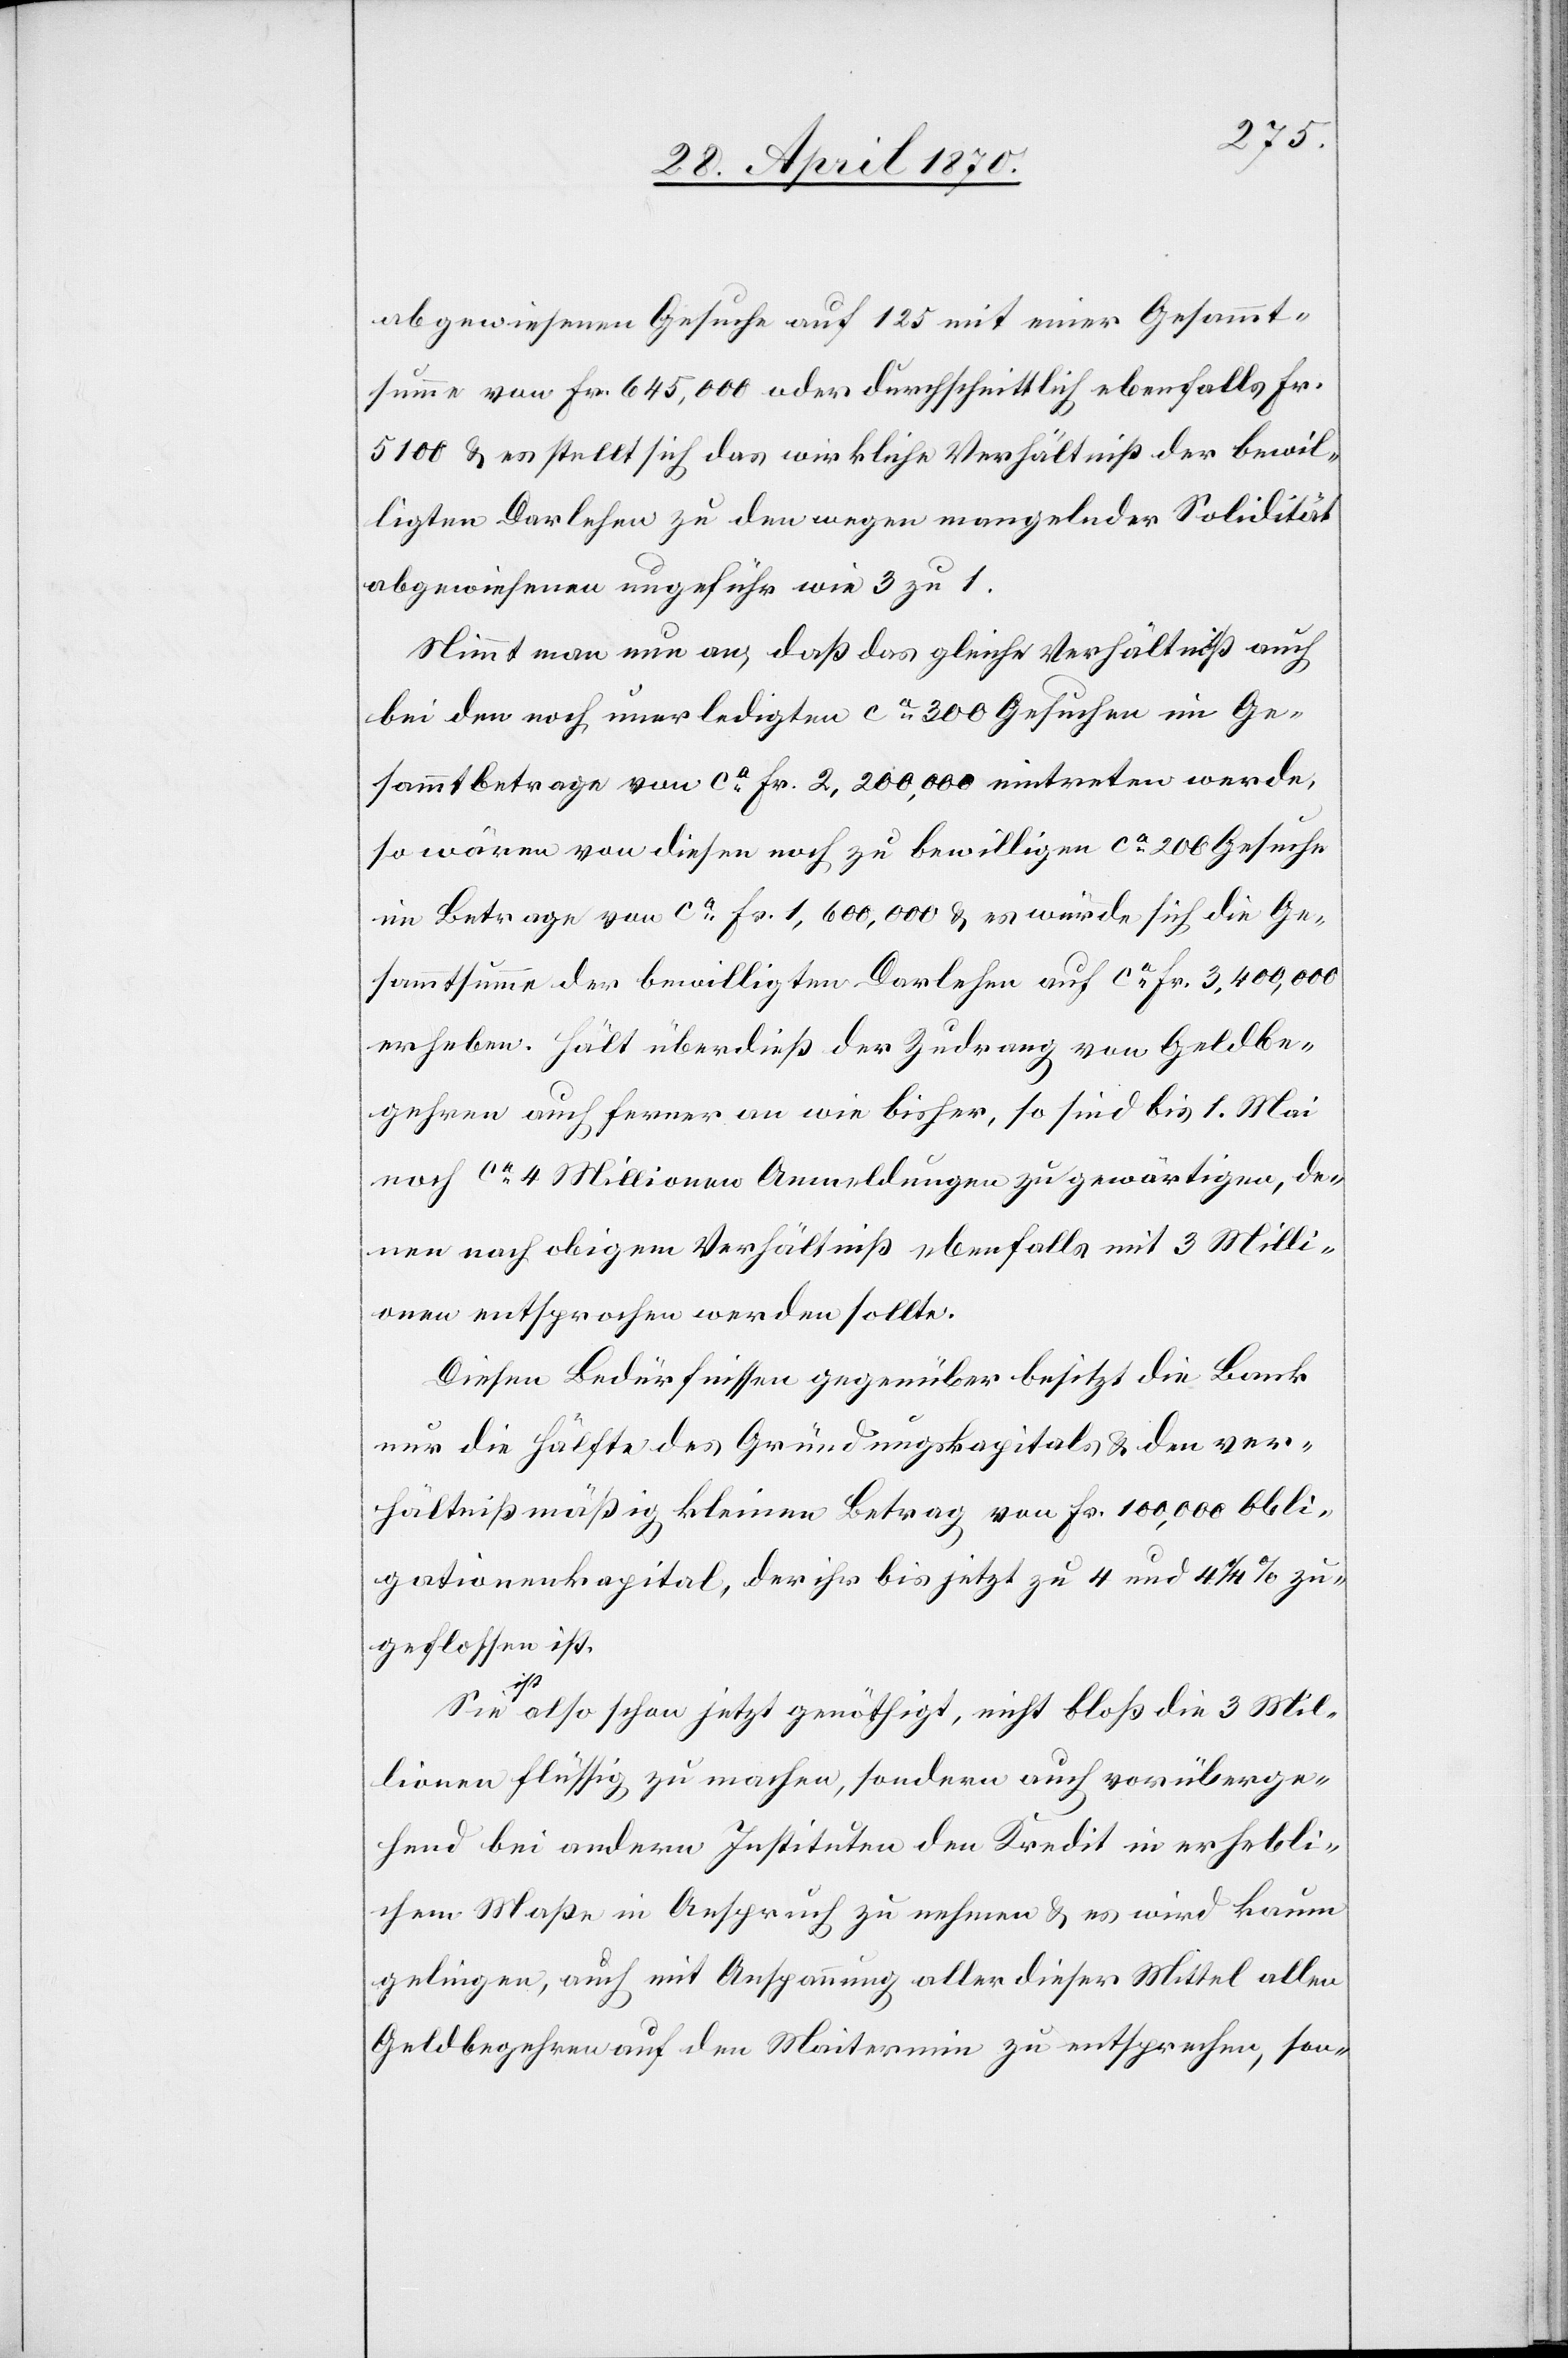
abgewiesenen Gesuche auf 125 mit einer Gesammt¬
summe von Fr. 645,000 oder durchschnittliche ebenfalls Fr.
5100 & es stellt sich das wirkliche Verhältniß der bewil¬
ligten Darlehen zu den wegen mangelnder Solidität
abgewiesenen ungefähr wie 3 zu 1.
Nimmt man nun an, daß das gleiche Verhältniß auch
bei den noch unerledigten ca 300 Gesuchen im Ge¬
sammtbetrage von ca Fr. 2,200,000 eintreten werde,
so wären von diesen noch zu bewilligen ca 200 Gesuche
im Betrage von ca Fr. 1,600,000 & es würde sich die Ge¬
sammtsumme der bewilligten Darlehen auf ca Fr. 3,400,000
erheben. Hält überdieß der Zudrang von Geldbe¬
gehren auch ferner an wie bisher, so sind bis 1. Mai
noch ca 4 Millionen Anmeldungen zu gewärtigen, de¬
nen nach obigem Verhältniß ebenfalls mit 3 Milli¬
onen entsprochen werden sollte.
Diesen Bedürfnissen gegenüber besitzt die Bank
nur die Hälfte des Gründungskapitals & den ver¬
hältnißmäßig kleinen Betrag von Fr. 100,000 Obli¬
gationenkapital, der ihr bis jetzt zu 4 und 4 1/4% zu¬
geflossen ist.
ist also schon jetzt genöthigt, nicht bloß die 3 Mil¬
lionen flüssig zu machen, sondern auch vorüberge¬
hend bei andern Instituten den Kredit in erhebli¬
chem Maße in Anspruch zu nehmen & es wird kaum
gelingen, auch mit Anspannung aller dieser Mittel allen
Geldbegehren auf den Maitermin zu entsprechen, son-